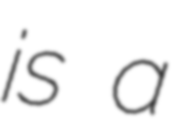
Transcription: is a